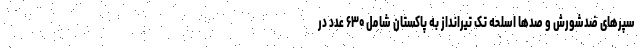
سپرهای ضدشورش و صدها اسلحه تک تیرانداز به پاکستان شامل ۶۳۰ عدد در